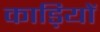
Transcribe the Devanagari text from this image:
काड़ियों